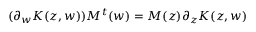
( \partial _ { w } K ( z , w ) ) { \cal M } ^ { t } ( w ) = { \cal M } ( z ) \partial _ { z } K ( z , w )